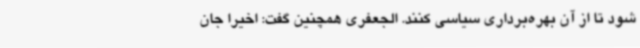
شود تا از آن بهره‌برداری سیاسی کنند. الجعفری همچنین گفت: اخیرا جان